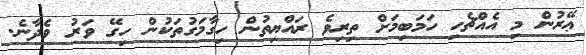
ޢޭރުން މި އެއްޗެހި ހަމަބިމަށް ތިރިވެ ރައްޔިތުން ހިގާމަގުތަކުން ހިގޭ ވަރު ވެދާނެ.